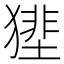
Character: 𤡝